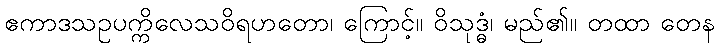
ဧကာဒသဥပက္ကိလေသဝိရဟတော၊ ကြောင့်။ ဝိသုဒ္ဓံ၊ မည်၏။ တထာ တေန